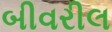
બીવરીલ